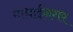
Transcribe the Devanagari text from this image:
माधाईनगर